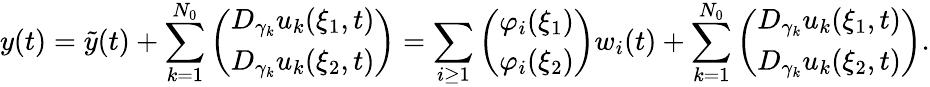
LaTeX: y(t)=\tilde{y}(t)+\sum_{k=1}^{N_{0}}\left(\begin{array}{l}{D_{\gamma_{k}}u_{k}(\xi_{1},t)}\\ {D_{\gamma_{k}}u_{k}(\xi_{2},t)}\end{array}\right)=\sum_{i\geq 1}\left(\begin{array}{l}{\varphi_{i}(\xi_{1})}\\ {\varphi_{i}(\xi_{2})}\end{array}\right)w_{i}(t)+\sum_{k=1}^{N_{0}}\left(\begin{array}{l}{D_{\gamma_{k}}u_{k}(\xi_{1},t)}\\ {D_{\gamma_{k}}u_{k}(\xi_{2},t)}\end{array}\right).